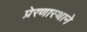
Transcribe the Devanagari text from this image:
प्रेरणास्थाने